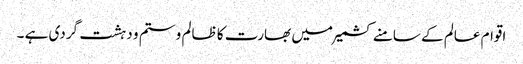
اقوام عالم کے سامنے کشمیر میں بھارت کا ظالم و ستم و دہشت گردی ہے ۔